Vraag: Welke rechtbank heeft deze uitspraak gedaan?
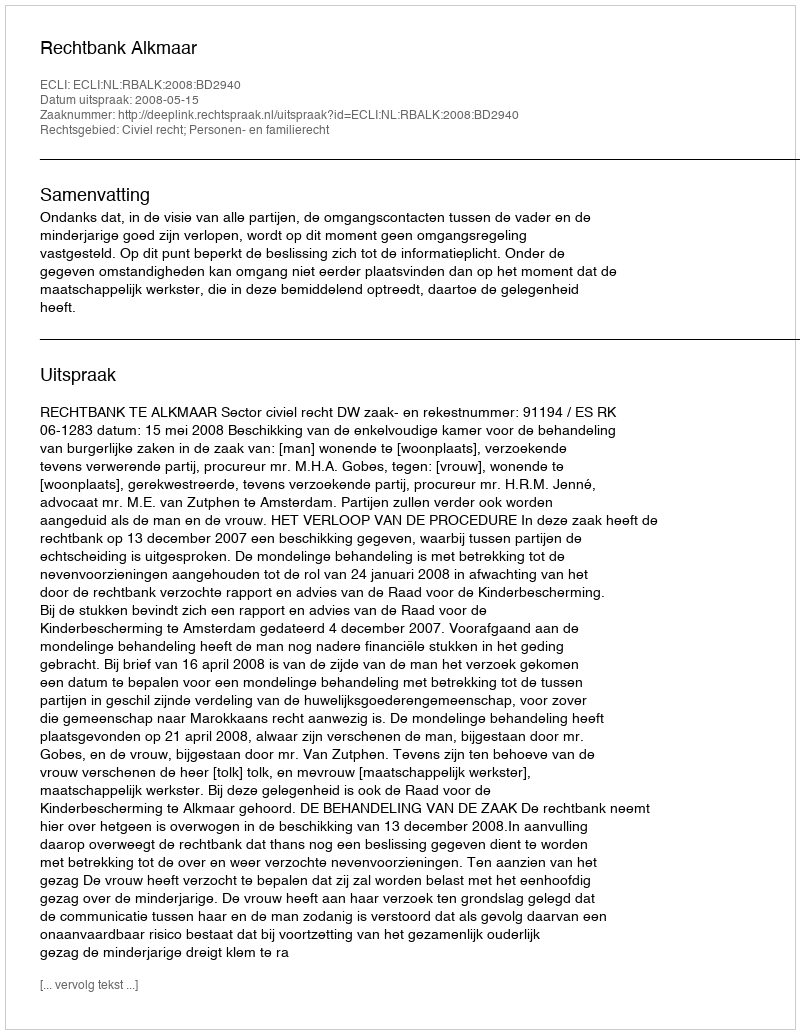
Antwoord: Rechtbank Alkmaar